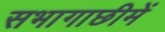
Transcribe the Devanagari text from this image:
सभागाछीमें